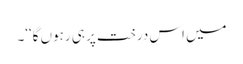
میں اس درخت پر ہی رہوں گا‘‘۔